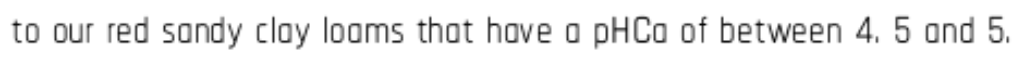
to our red sandy clay loams that have a pHCa of between 4. 5 and 5.